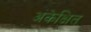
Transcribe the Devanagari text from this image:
अंकेक्षित